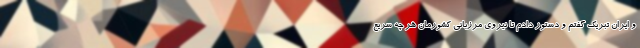
و ایران تبریک گفتم و دستور دادم تا نیروی مرزبانی کشورمان هر چه سریع